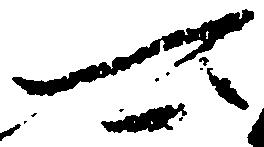
可